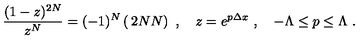
{ \frac { ( 1 - z ) ^ { 2 N } } { z ^ { N } } } = ( - 1 ) ^ { N } \left( \begin{matrix} { 2 N } \\ { N } \\ \end{matrix} \right) \ , \quad z = e ^ { p \Delta x } \ , \quad - \Lambda \le p \le \Lambda \ .